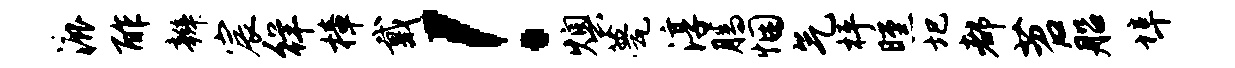
漉酢辫宸徉樟戴！燠甍淳腾悃气枰曛圯都苕船埠